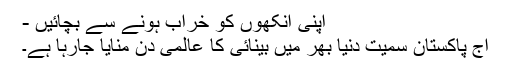
اپنی آنکھوں کو خراب ہونے سے بچائیں -
آج پاکستان سمیت دنیا بھر میں بینائی کا عالمی دن منایا جارہا ہے۔